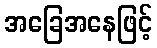
အခြေအနေဖြင့်